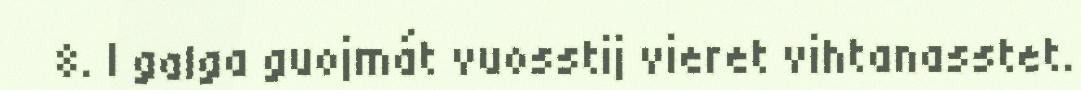
8. I galga guojmát vuosstij vieret vihtanasstet.